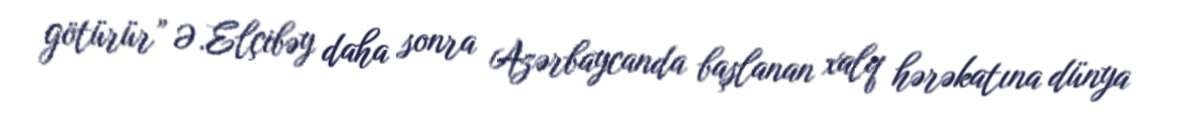
götürür” Ə.Elçibəy daha sonra Azərbaycanda başlanan xalq hərəkatına dünya